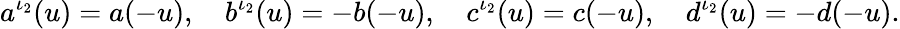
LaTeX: a^{\iota_{2}}(u)=a(-u),\quad b^{\iota_{2}}(u)=-b(-u),\quad c^{\iota_{2}}(u)=c(-u),\quad d^{\iota_{2}}(u)=-d(-u).